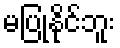
မပြုနိုင်ဘူး